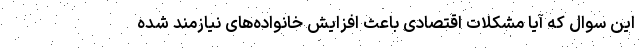
این سوال که آیا مشکلات اقتصادی باعث افزایش خانواده‌های نیازمند شده